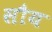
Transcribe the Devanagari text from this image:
सौय